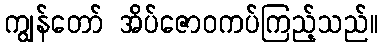
ကျွန်တော် အိပ်ဇောဝကပ်ကြည့်သည်။